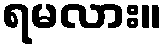
ရမလား။